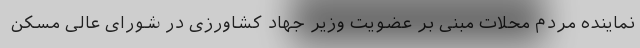
نماینده مردم محلات مبنی بر عضویت وزیر جهاد کشاورزی در شورای عالی مسکن